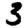
Digit: 3